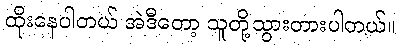
ထိုးနေပါတယ် အဲဒီတော့ သူတို့သွားတားပါတယ်။